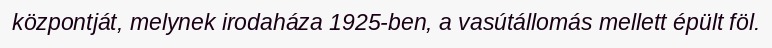
központját, melynek irodaháza 1925-ben, a vasútállomás mellett épült föl.